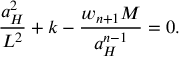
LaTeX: { \frac { a _ { H } ^ { 2 } } { L ^ { 2 } } } + k - { \frac { w _ { n + 1 } M } { a _ { H } ^ { n - 1 } } } = 0 .